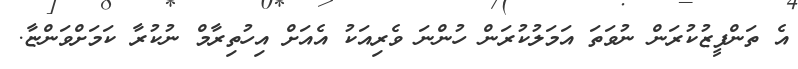
އެ ތަންފީޒުކުރަން ނުވަތަ އަމަލުކުރަން ހުންނަ ވެރިއަކު އެއަށް އިހުތިރާމް ނުކުރާ ކަމަށްވަންޏާ.